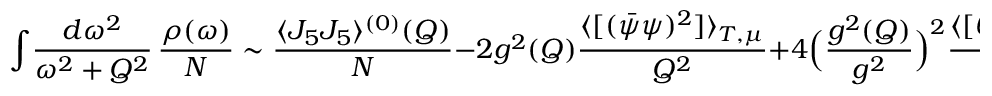
\int \! { \frac { d \omega ^ { 2 } } { \omega ^ { 2 } + Q ^ { 2 } } } \, { \frac { \rho ( \omega ) } { N } } \sim \frac { \langle J _ { 5 } J _ { 5 } \rangle ^ { ( 0 ) } ( Q ) } { N } - 2 g ^ { 2 } ( Q ) { \frac { \langle [ ( \bar { \psi } \psi ) ^ { 2 } ] \rangle _ { T , \mu } } { Q ^ { 2 } } } + 4 \Bigl ( { \frac { g ^ { 2 } ( Q ) } { g ^ { 2 } } } \Bigr ) ^ { 2 } { \frac { \langle [ \theta _ { 0 0 } ] \rangle _ { T , \mu } } { Q ^ { 2 } } } + \cdots